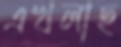
এখলাছ